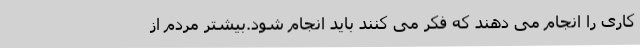
کاری را انجام می دهند که فکر می کنند باید انجام شود.بیشتر مردم از